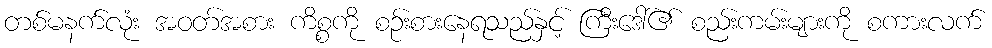
တစ်မနက်လုံး အဝတ်အစား ကိစ္စကို စဉ်းစားနေရသည်နှင့် ကြီးဒေါ်၏ စည်းကမ်းများကို စကားလက်